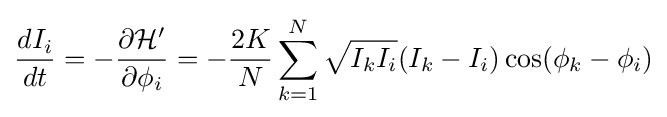
{\frac {dI_{i}}{dt}}=-{\frac {\partial {\mathcal {H}}'}{\partial \phi _{i}}}=-{\frac {2K}{N}}\sum _{k=1}^{N}{\sqrt {I_{k}I_{i}}}(I_{k}-I_{i})\cos(\phi _{k}-\phi _{i})